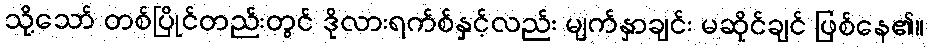
သို့သော် တစ်ပြိုင်တည်းတွင် ဒိုလားရက်စ်နှင့်လည်း မျက်နှာချင်း မဆိုင်ချင် ဖြစ်နေ၏။